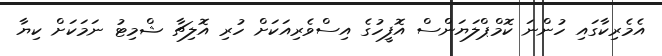
އެމެރިކާގައި ހުންނަ ކޮމްޕްލަޔަންސް އޮފީހުގެ އިސްވެރިއަކަށް ހުރި އޮލިޗާ ޝްމިޓު ނަމަކަށް ކިޔާ